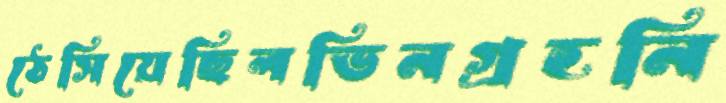
ঠেসিয়েছিলভিনগ্রহনি